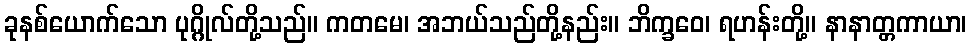
ခုနစ်ယောက်သော ပုဂ္ဂိုလ်တို့သည်။ ကတမေ၊ အဘယ်သည်တို့နည်း။ ဘိက္ခဝေ၊ ရဟန်းတို့။ နာနာတ္တကာယာ၊